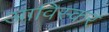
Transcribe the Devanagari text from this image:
आविस्कर